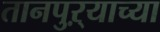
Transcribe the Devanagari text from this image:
तानपुऱ्याच्या